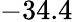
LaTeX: -34.4